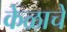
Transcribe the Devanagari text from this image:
केळाचे